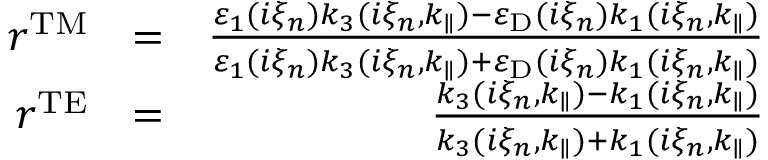
\begin{array} { r l r } { r ^ { \mathrm { T M } } } & { = } & { \frac { \varepsilon _ { 1 } ( i \xi _ { n } ) k _ { 3 } ( i \xi _ { n } , k _ { \parallel } ) - \varepsilon _ { \mathrm { D } } ( i \xi _ { n } ) k _ { 1 } ( i \xi _ { n } , k _ { \parallel } ) } { \varepsilon _ { 1 } ( i \xi _ { n } ) k _ { 3 } ( i \xi _ { n } , k _ { \parallel } ) + \varepsilon _ { \mathrm { D } } ( i \xi _ { n } ) k _ { 1 } ( i \xi _ { n } , k _ { \parallel } ) } } \\ { r ^ { \mathrm { T E } } } & { = } & { \frac { k _ { 3 } ( i \xi _ { n } , k _ { \parallel } ) - k _ { 1 } ( i \xi _ { n } , k _ { \parallel } ) } { k _ { 3 } ( i \xi _ { n } , k _ { \parallel } ) + k _ { 1 } ( i \xi _ { n } , k _ { \parallel } ) } } \end{array}